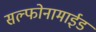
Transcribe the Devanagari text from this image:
सल्फोनामाईड